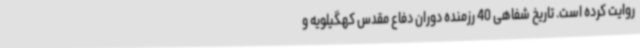
روایت کرده است. تاریخ شفاهی 40 رزمنده دوران دفاع مقدس کهگیلویه و